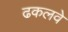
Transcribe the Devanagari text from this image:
ढकलवे